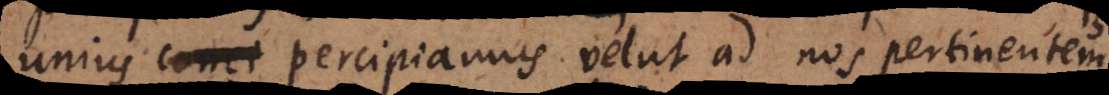
unius percipiamus velut ad nos pertinentem,